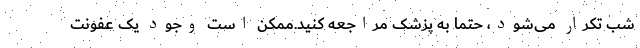
شب تکرار می‌شود، حتما به پزشک‌ مراجعه کنید.ممکن است وجود یک عفونت